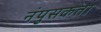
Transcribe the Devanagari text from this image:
नंपुसकता